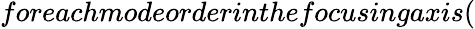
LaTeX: foreachmodeorderinthefocusingaxis(